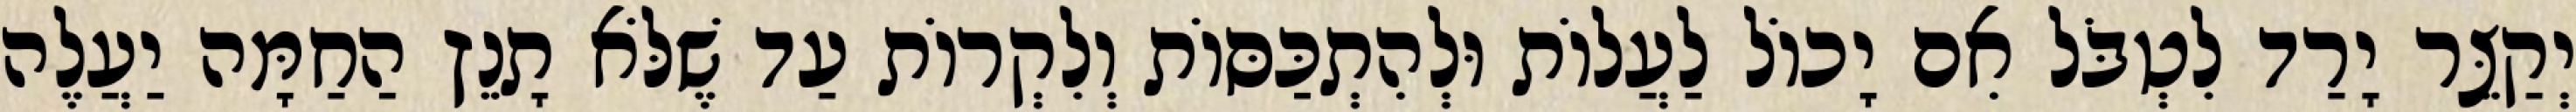
יְקַצֵּר יָרַד לִטְבֹּל אִם יָכוֹל לַעֲלוֹת וּלְהִתְכַּסּוֹת וְלִקְרוֹת עַד שֶׁלֹּא תָנֵץ הַחַמָּה יַעֲלֶה